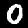
Label: 0